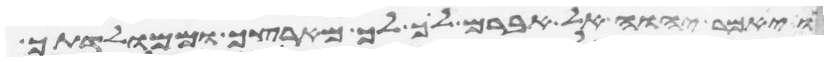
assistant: ויאמר יהוה אל אברם לך לך מארצך וממולדתך